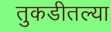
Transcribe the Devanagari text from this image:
तुकडीतल्या